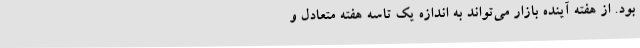
بود. از هفته آینده بازار می‌تواند به اندازه یک تاسه هفته متعادل و